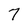
Character: 7